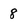
Character: 8